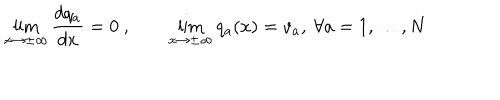
LaTeX: \lim _ { x \to \pm \infty } \frac { d q _ { a } } { d x } = 0 \ , \qquad \lim _ { x \to \pm \infty } q _ { a } ( x ) = v _ { a } , \ \forall a = 1 , \dots , N